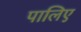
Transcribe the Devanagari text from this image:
पालिए